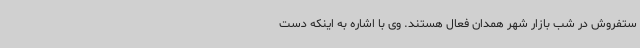
ستفروش در شب بازار شهر همدان فعال هستند. وی با اشاره به اینکه دست